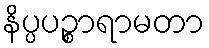
နိပ္ပပဉ္စာရာမတာ